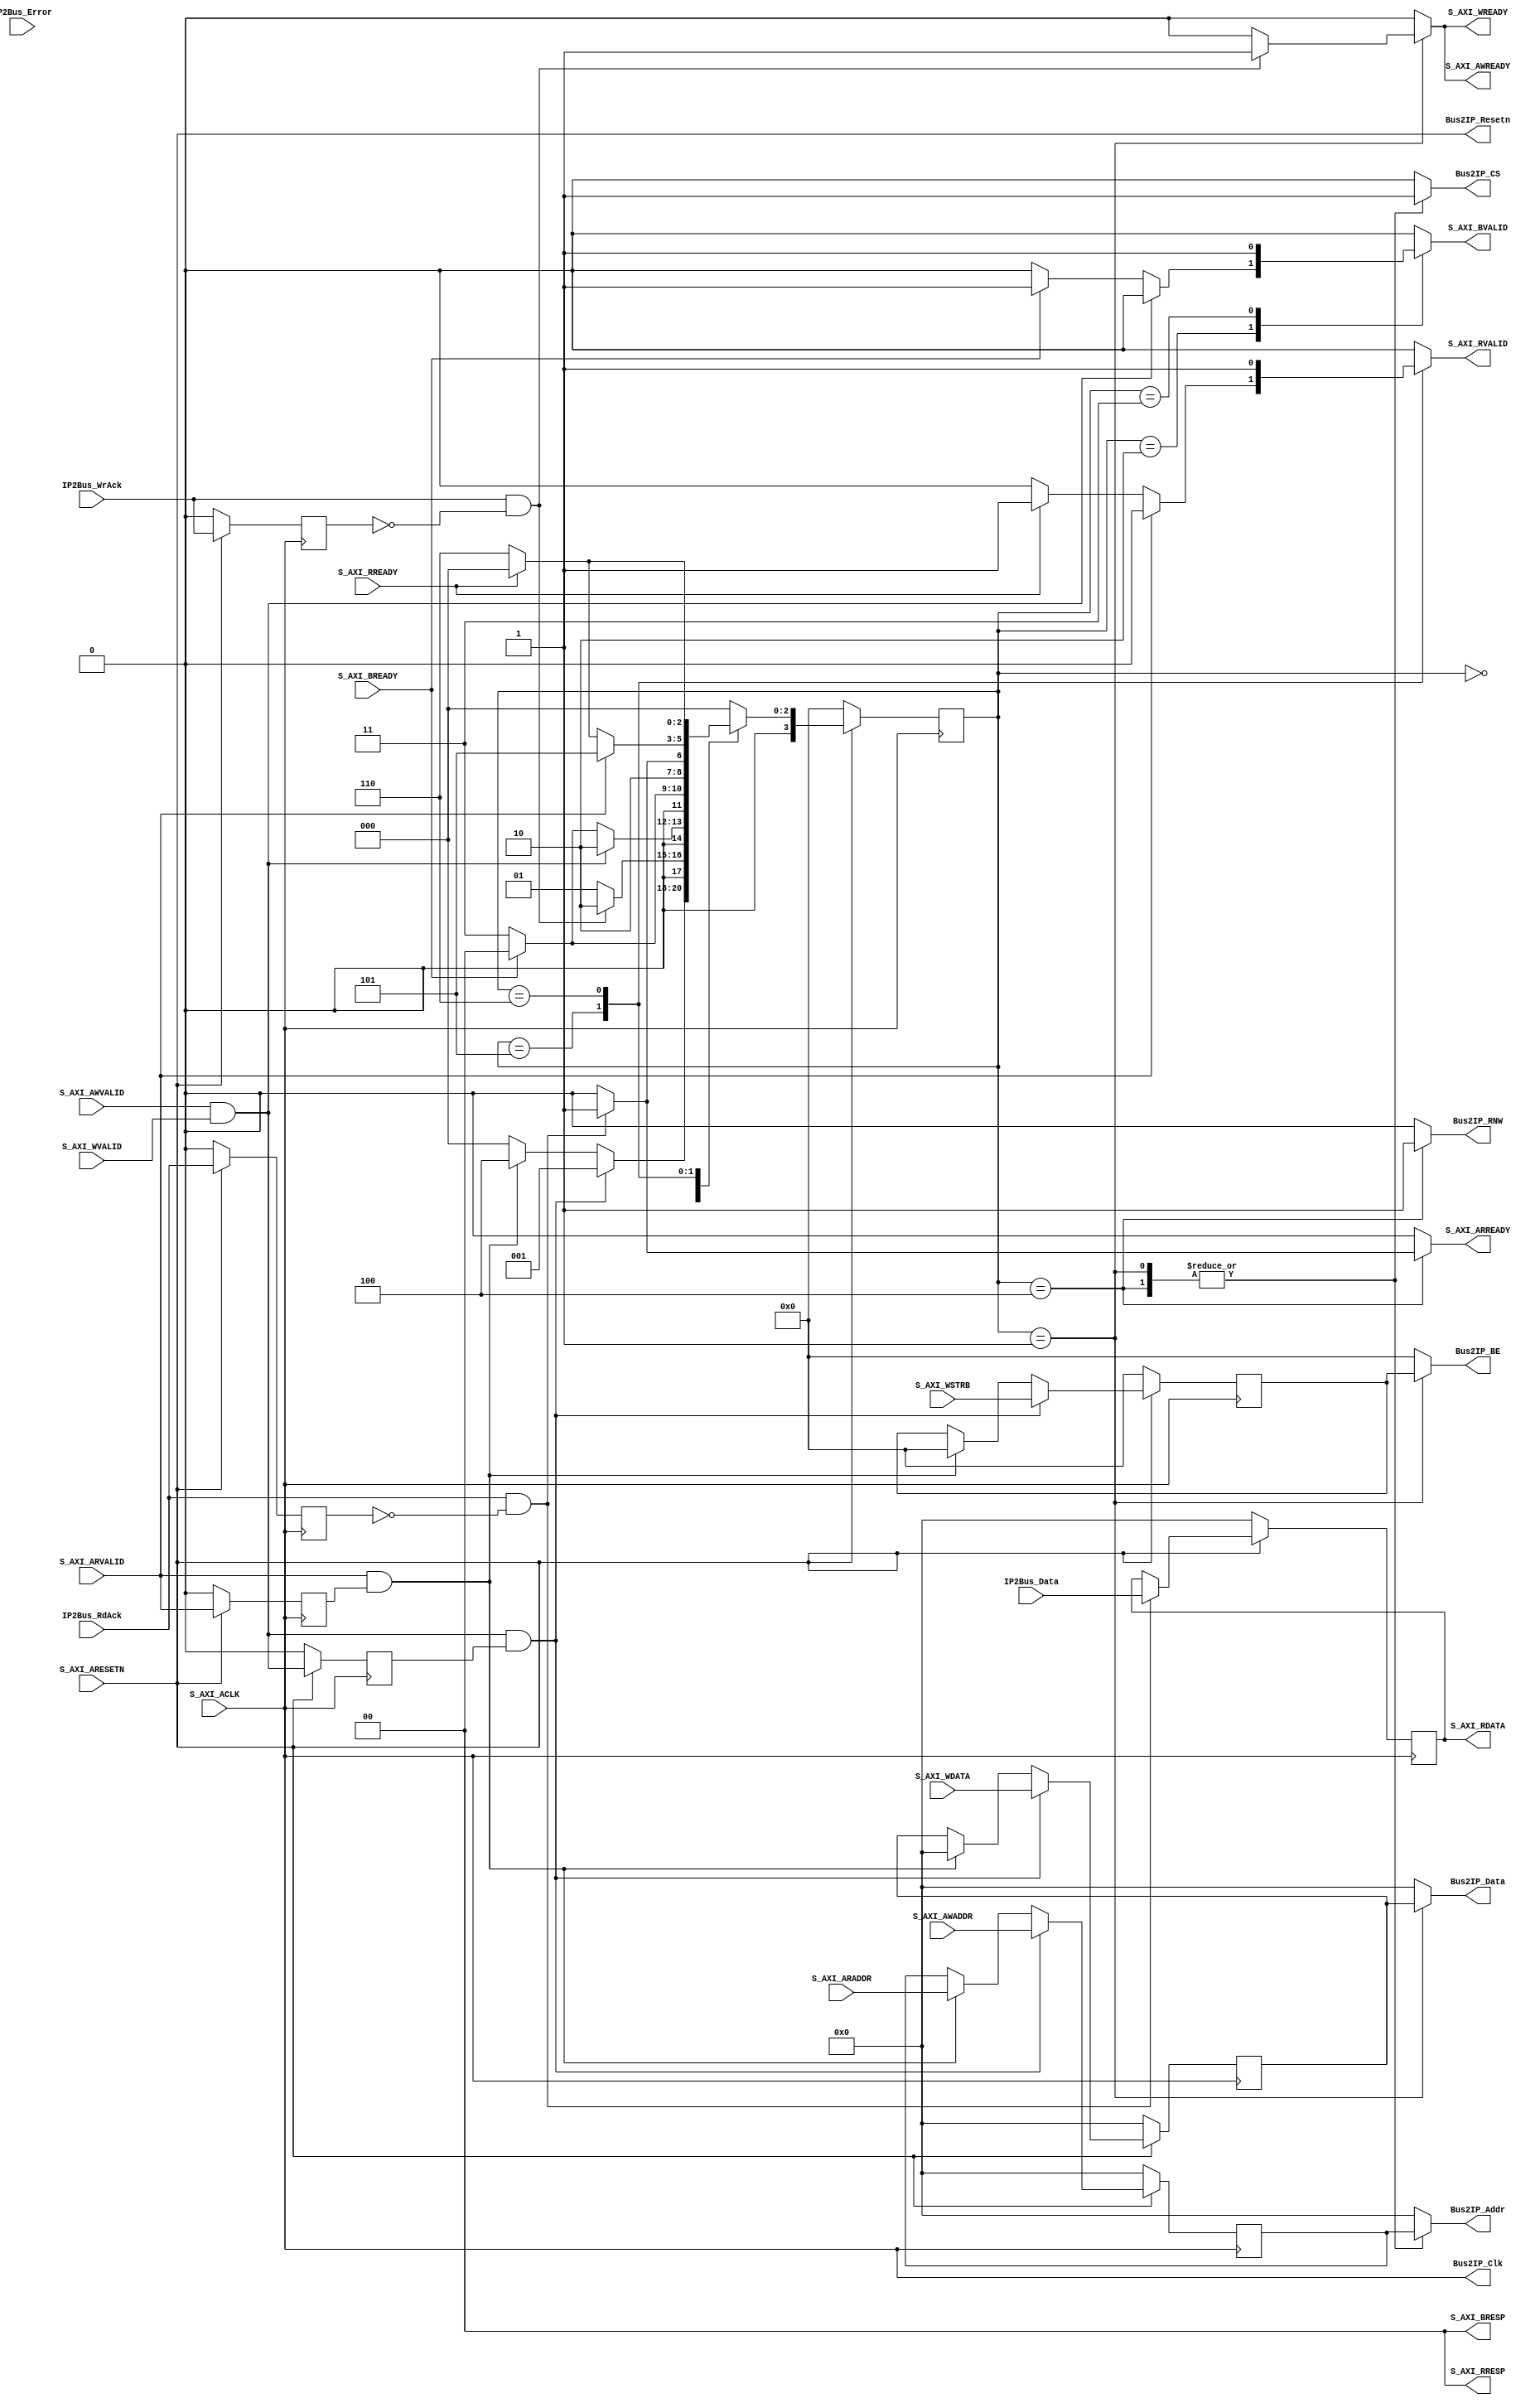
//
// Copyright (c) 2016 University of Cambridge
// Copyright (c) 2016 Jong Hun Han
// All rights reserved.
//
// This software was developed by University of Cambridge Computer Laboratory
// under the ENDEAVOUR project (grant agreement 644960) as part of
// the European Union's Horizon 2020 research and innovation programme.
//
// @NETFPGA_LICENSE_HEADER_START@
//
// Licensed to NetFPGA C.I.C. (NetFPGA) under one or more contributor license
// agreements.  See the NOTICE file distributed with this work for additional
// information regarding copyright ownership.  NetFPGA licenses this file to
// you under the NetFPGA Hardware-Software License, Version 1.0 (the
// "License"); you may not use this file except in compliance with the
// License.  You may obtain a copy of the License at:
//
//   http://netfpga-cic.org
//
// Unless required by applicable law or agreed to in writing, Work distributed
// under the License is distributed on an "AS IS" BASIS, WITHOUT WARRANTIES OR
// CONDITIONS OF ANY KIND, either express or implied.  See the License for the
// specific language governing permissions and limitations under the License.
//
// @NETFPGA_LICENSE_HEADER_END@
//

`timescale 1ns/1ps

module sume_axi_ipif
#(
   parameter   C_BASEADDR            = 32'hFFFFFFFF,
   parameter   C_HIGHADDR            = 32'h00000000,
   parameter   C_S_AXI_DATA_WIDTH    = 32,
   parameter   C_S_AXI_ADDR_WIDTH    = 32
)
(
   // AXI Lite ports
   input                                        S_AXI_ACLK,
   input                                        S_AXI_ARESETN,

   input          [C_S_AXI_ADDR_WIDTH-1:0]      S_AXI_AWADDR,
   input          [C_S_AXI_DATA_WIDTH-1:0]      S_AXI_WDATA,
   input          [C_S_AXI_DATA_WIDTH/8-1:0]    S_AXI_WSTRB,
   input                                        S_AXI_AWVALID,
   input                                        S_AXI_WVALID,
   output   reg                                 S_AXI_WREADY,
   output   reg                                 S_AXI_AWREADY,
   input                                        S_AXI_BREADY,
   output   reg                                 S_AXI_BVALID,

   input          [C_S_AXI_ADDR_WIDTH-1:0]      S_AXI_ARADDR,
   input                                        S_AXI_ARVALID,
   input                                        S_AXI_RREADY,
   output   reg                                 S_AXI_ARREADY,
   output   reg                                 S_AXI_RVALID,
   output   reg   [C_S_AXI_DATA_WIDTH-1:0]      S_AXI_RDATA,
   output         [1:0]                         S_AXI_RRESP,
   output         [1:0]                         S_AXI_BRESP,

   output                                       Bus2IP_Clk,
   output                                       Bus2IP_Resetn,
   output   reg   [C_S_AXI_ADDR_WIDTH-1:0]      Bus2IP_Addr,
   output   reg                                 Bus2IP_CS,
   output   reg                                 Bus2IP_RNW,
   output   reg   [C_S_AXI_DATA_WIDTH-1:0]      Bus2IP_Data,
   output   reg   [C_S_AXI_DATA_WIDTH/8-1:0]    Bus2IP_BE,
   input          [C_S_AXI_DATA_WIDTH-1:0]      IP2Bus_Data,
   input                                        IP2Bus_RdAck,
   input                                        IP2Bus_WrAck,
   input                                        IP2Bus_Error
);

assign S_AXI_RRESP = 0;
assign S_AXI_BRESP = 0;

assign Bus2IP_Clk = S_AXI_ACLK;
assign Bus2IP_Resetn = S_AXI_ARESETN;

`define     ST_IDLE     0
`define     ST_WR_START 1
`define     ST_WR_ACK   2
`define     ST_WR_DONE  3
`define     ST_RD_START 4
`define     ST_RD_ACK   5
`define     ST_RD_DONE  6

reg   [3:0]    st_current, st_next;

reg   r_wrack_delay, r_rdack_delay;
always @(posedge S_AXI_ACLK)
   if (~S_AXI_ARESETN) begin
      r_wrack_delay  <= 0;
      r_rdack_delay <= 0;
   end
   else begin
      r_wrack_delay  <= IP2Bus_WrAck;
      r_rdack_delay <= IP2Bus_RdAck;
   end

wire  w_wrack = IP2Bus_WrAck & ~r_wrack_delay;
wire  w_rdack = IP2Bus_RdAck & ~r_rdack_delay;

always @(posedge S_AXI_ACLK)
   if (~S_AXI_ARESETN)
      S_AXI_RDATA <= 0;
   else if (w_rdack)
      S_AXI_RDATA <= IP2Bus_Data;


reg r_axi_wren;
always @(posedge S_AXI_ACLK)
   if (~S_AXI_ARESETN)
      r_axi_wren  <= 0;
   else
      r_axi_wren  <= S_AXI_AWVALID & S_AXI_WVALID;

wire  w_axi_wren = (S_AXI_AWVALID & S_AXI_WVALID) & r_axi_wren;

reg r_axi_rden;
always @(posedge S_AXI_ACLK)
   if (~S_AXI_ARESETN)
      r_axi_rden  <= 0;
   else
      r_axi_rden  <= S_AXI_ARVALID;

wire  w_axi_rden = S_AXI_ARVALID & r_axi_rden;

reg   [C_S_AXI_ADDR_WIDTH-1:0]      axi_addr;
reg   [C_S_AXI_DATA_WIDTH-1:0]      axi_data;
reg   [(C_S_AXI_DATA_WIDTH/8)-1:0]  axi_be;

always @(posedge S_AXI_ACLK)
   if (~S_AXI_ARESETN) begin
      axi_addr <= 0;
      axi_data <= 0;
      axi_be   <= 0;
   end
   else if (w_axi_wren) begin
      axi_addr <= S_AXI_AWADDR;
      axi_data <= S_AXI_WDATA;
      axi_be   <= S_AXI_WSTRB;
   end
   else if (w_axi_rden) begin
      axi_addr <= S_AXI_ARADDR;
      axi_data <= 0;
      axi_be   <= 0;
   end

always @(*) begin
   Bus2IP_Addr    = 0; 
   Bus2IP_CS      = 0; 
   Bus2IP_RNW     = 0; 
   Bus2IP_Data    = 0; 
   Bus2IP_BE      = 0; 
   S_AXI_AWREADY  = 0;
   S_AXI_WREADY   = 0;
   S_AXI_BVALID   = 0;
   S_AXI_ARREADY  = 0;
   S_AXI_RVALID   = 0;
   st_next        = 0;
   case (st_current)
      `ST_IDLE : begin
         Bus2IP_Addr    = 0; 
         Bus2IP_CS      = 0; 
         Bus2IP_RNW     = 0; 
         Bus2IP_Data    = 0; 
         Bus2IP_BE      = 0; 
         S_AXI_AWREADY  = 0;
         S_AXI_WREADY   = 0;
         S_AXI_BVALID   = 0;
         S_AXI_ARREADY  = 0;
         S_AXI_RVALID   = 0;
         st_next        = (w_axi_wren) ? `ST_WR_START :
                          (w_axi_rden) ? `ST_RD_START : `ST_IDLE;
      end
      `ST_WR_START : begin
         Bus2IP_Addr    = axi_addr; 
         Bus2IP_CS      = 1; 
         Bus2IP_RNW     = 0; 
         Bus2IP_Data    = axi_data; 
         Bus2IP_BE      = axi_be; 
         S_AXI_AWREADY  = (w_wrack) ? 1 : 0;
         S_AXI_WREADY   = (w_wrack) ? 1 : 0;
         S_AXI_BVALID   = 0;
         S_AXI_ARREADY  = 0;
         S_AXI_RVALID   = 0;
         st_next        = (w_wrack) ? `ST_WR_ACK : `ST_WR_START;
      end
      `ST_WR_ACK : begin
         Bus2IP_Addr    = 0; 
         Bus2IP_CS      = 0; 
         Bus2IP_RNW     = 0; 
         Bus2IP_Data    = 0; 
         Bus2IP_BE      = 0; 
         S_AXI_AWREADY  = 0;
         S_AXI_WREADY   = 0;
         S_AXI_BVALID   = (S_AXI_AWVALID & S_AXI_WVALID) ? 0 : (S_AXI_BREADY) ? 1 : 0;
         S_AXI_ARREADY  = 0;
         S_AXI_RVALID   = 0;
         st_next        = (S_AXI_AWVALID & S_AXI_WVALID) ? `ST_WR_ACK : (S_AXI_BREADY) ? `ST_IDLE : `ST_WR_DONE;
      end
      `ST_WR_DONE : begin
         Bus2IP_Addr    = 0; 
         Bus2IP_CS      = 0; 
         Bus2IP_RNW     = 0; 
         Bus2IP_Data    = 0; 
         Bus2IP_BE      = 0; 
         S_AXI_AWREADY  = 0;
         S_AXI_WREADY   = 0;
         S_AXI_BVALID   = 1;
         S_AXI_ARREADY  = 0;
         S_AXI_RVALID   = 0;
         st_next        = (S_AXI_BREADY) ? `ST_IDLE : `ST_WR_DONE;
      end
      `ST_RD_START : begin
         Bus2IP_Addr    = axi_addr; 
         Bus2IP_CS      = 1; 
         Bus2IP_RNW     = 1; 
         Bus2IP_Data    = 0; 
         Bus2IP_BE      = 0; 
         S_AXI_AWREADY  = 0;
         S_AXI_WREADY   = 0;
         S_AXI_BVALID   = 0;
         S_AXI_ARREADY  = (w_rdack) ? 1 : 0;
         S_AXI_RVALID   = 0;
         st_next        = (w_rdack) ? `ST_RD_ACK : `ST_RD_START;
      end
      `ST_RD_ACK : begin
         Bus2IP_Addr    = 0; 
         Bus2IP_CS      = 0; 
         Bus2IP_RNW     = 0; 
         Bus2IP_Data    = 0; 
         Bus2IP_BE      = 0; 
         S_AXI_AWREADY  = 0;
         S_AXI_WREADY   = 0;
         S_AXI_BVALID   = 0;
         S_AXI_ARREADY  = 0;
         S_AXI_RVALID   = (S_AXI_ARVALID) ? 0 : (S_AXI_RREADY) ? 1 : 0;
         st_next        = (S_AXI_ARVALID) ? `ST_RD_ACK : (S_AXI_RREADY) ? `ST_IDLE : `ST_RD_DONE;
      end
      `ST_RD_DONE : begin
         Bus2IP_Addr    = 0; 
         Bus2IP_CS      = 0; 
         Bus2IP_RNW     = 0; 
         Bus2IP_Data    = 0; 
         Bus2IP_BE      = 0; 
         S_AXI_AWREADY  = 0;
         S_AXI_WREADY   = 0;
         S_AXI_BVALID   = 0;
         S_AXI_ARREADY  = 0;
         S_AXI_RVALID   = 1;
         st_next        = (S_AXI_RREADY) ? `ST_IDLE : `ST_RD_DONE;
      end
   endcase
end

always @(posedge S_AXI_ACLK)
   if (~S_AXI_ARESETN)
      st_current  <= 0;
   else
      st_current  <= st_next;
         


endmodule